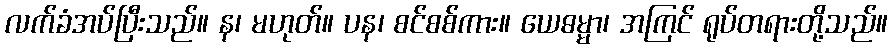
လက်ခံအပ်ပြီးသည်။ န၊ မဟုတ်။ ပန၊ စင်စစ်ကား။ ယေဓမ္မာ၊ အကြင် ရုပ်တရားတို့သည်။